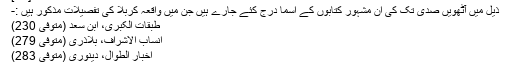
[16]
ذیل میں آٹھویں صدی تک کی ان مشہور کتابوں کے اسما درج کئے جارے ہیں جن میں واقعہ کربلا کی تفصیلات مذکور ہیں :-
طبقات الکبری، ابن سعد (متوفی 230)
انساب الاشراف، بلاذری (متوفی 279)
اخبار الطوال، دینوری (متوفی 283)
تاریخ طبری (متوفی 310) یہ کتاب قیام حسینی کے متعلق اہم ترین منبع مانی جاتی ہے ۔